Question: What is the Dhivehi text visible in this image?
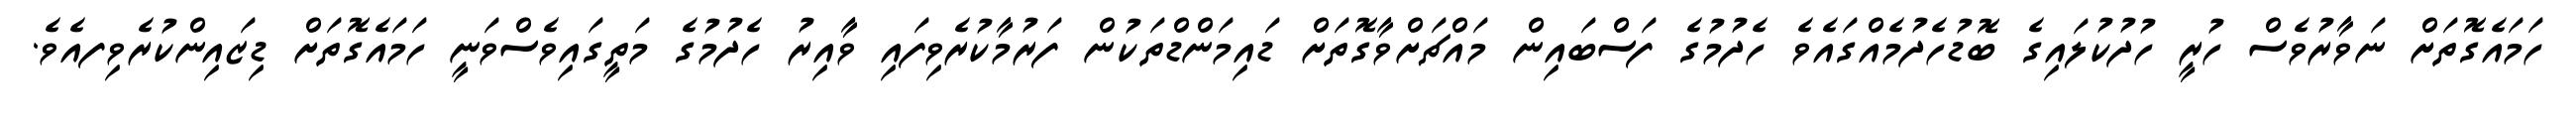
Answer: ހަމައެގޮތަށް ނަވާރުވެސް ހުރީ ހުދުކުލައިގެ ބޮޑުހެދުމެއްގައެވެ ހެދުމުގެ ފަސްބައިން މައްޗަށްވާގޮތަށް ޑައިމަންޑްތަކުން ފަރުމާކުރެވިފައި ވާއިރު ހެދުމުގެ މަތީގައިވެސްވަނީ ހަމައެގޮތަށް ޑިޒައިންކުރެވިފއެވެ.